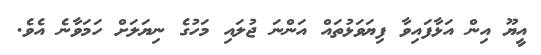
އީޔޫ އިން އަޅާފައިވާ ފިޔަވަޅުތައް އަންނަ ޖުލައި މަހުގެ ނިޔަލަށް ހަމަވާނެ އެވެ.